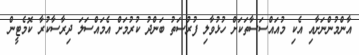
އާންމުންނަށާއި އެކި މުއައްސަސާތަކަށް ހުޅުވާލި ފުރުސަތު ބަންދު ކުރުމަށް އެމައްސަލަ ދިރާސާކުރާ ކޮމެޓީން